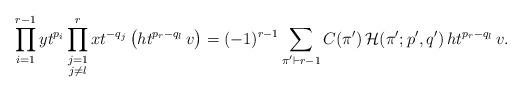
LaTeX: \begin{align*}\prod_{i=1}^{r-1} yt^{p_i} \prod_{\substack{j=1\\j \neq l}}^r xt^{-q_j} \left(ht^{p_r - q_l} \,v\right) = (-1)^{r-1}\sum_{\pi^\prime \vdash r-1}C(\pi^\prime)\,\mathcal{H}(\pi^\prime; p^\prime, q^\prime) \,ht^{p_r - q_l} \,v.\end{align*}